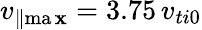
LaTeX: v_{\parallel\operatorname*{ma\mathbf{x}}}=3.75\, v_{ti0}